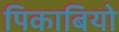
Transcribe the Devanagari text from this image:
पिकाबियो